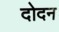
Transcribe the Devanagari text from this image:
दोदन